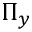
\Pi _ { y }